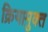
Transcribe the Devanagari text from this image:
क्रियामुक्त